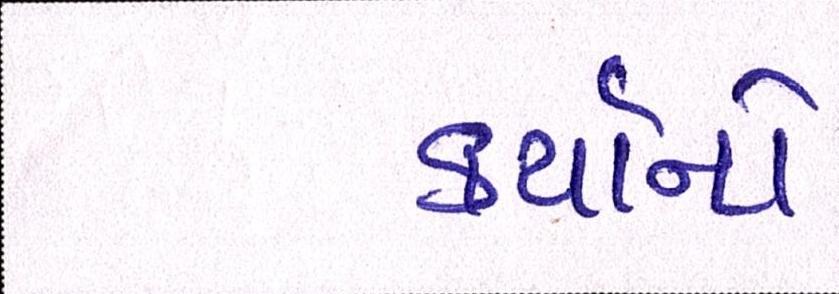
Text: કર્યાનો